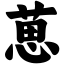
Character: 葸